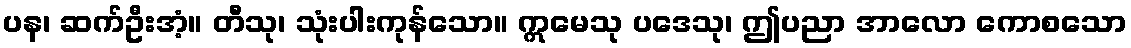
ပန၊ ဆက်ဦးအံ့။ တီသု၊ သုံးပါးကုန်သော။ ဣမေသု ပဒေသု၊ ဤပညာ အာလော ကောစသော